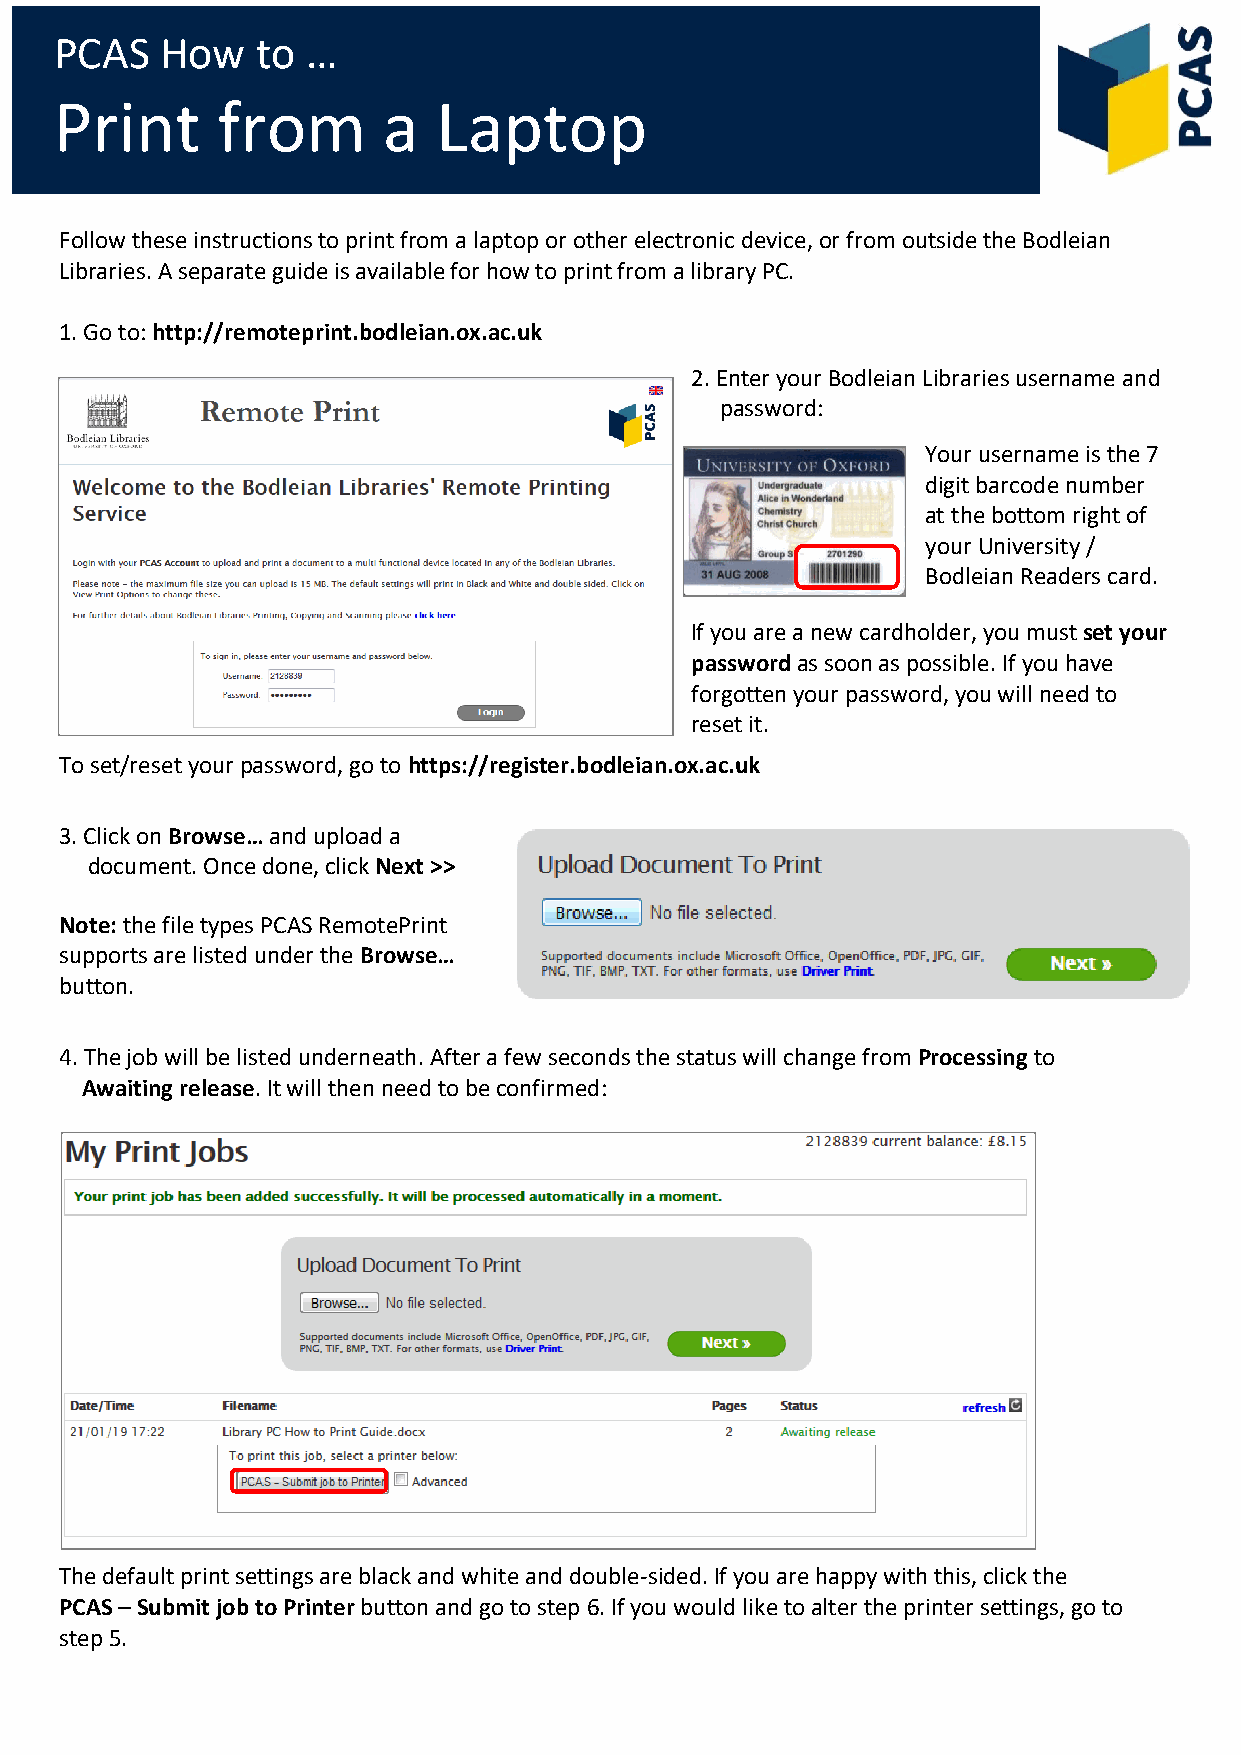
PCAS   How   to …
 Print     from       a   Laptop
 Follow these instructions to print from a laptop or other electronic device, or from outside the Bodleian
 Libraries. A separate guide is available for how to print from a library PC.
 1. Go to: http://remoteprint.bodleian.ox.ac.uk
 2. Enter your Bodleian Libraries username and
 password:
 Your username is the 7
 digit barcode number
 at the bottom right of
 your University /
 Bodleian Readers card.
 If you are a new cardholder, you must set your
 password as soon as possible. If you have
 forgotten your password, you will need to
 reset it.
 To set/reset your password, go to https://register.bodleian.ox.ac.uk
 3. Click on Browse… and upload a
 document. Once done, click Next >>
 Note: the file types PCAS RemotePrint
 supports are listed under the Browse…
 button.
 4. The job will be listed underneath. After a few seconds the status will change from Processing to
 Awaiting release. It will then need to be confirmed:
 The default print settings are black and white and double-sided. If you are happy with this, click the
 PCAS – Submit job to Printer button and go to step 6. If you would like to alter the printer settings, go to
 step 5.